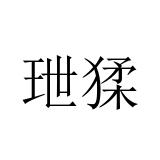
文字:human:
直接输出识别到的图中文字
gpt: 玴猱